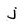
Character: j